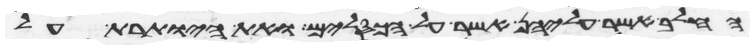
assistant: החלב אשר עליהן אשר על הכסלים ואת היותרת על